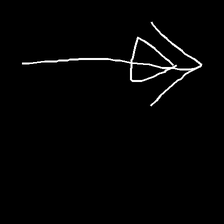
Glyph: pull